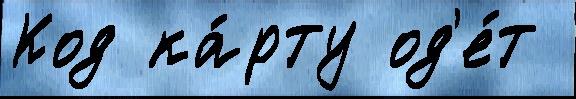
Код ка́рту од'е́т